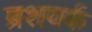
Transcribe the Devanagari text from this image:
ब्रशवर्क